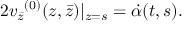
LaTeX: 2 { v _ { \bar { z } } } ^ { ( 0 ) } ( z , \bar { z } ) | _ { z = s } = \dot { \alpha } ( t , s ) .